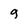
Character: g